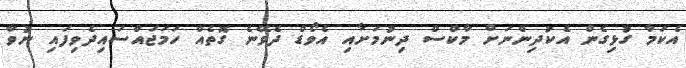
އެކަމާ ގުޅިގެން އެކުދިންނަށް މާކްސް ދިނުމަށާއި އެވޯޑް ދެވޭނެ ގޮތެއް ހަމަަޖައްސައިދެވިފައި ނުވާ